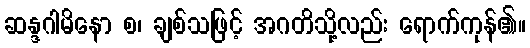
ဆန္ဒဂါမိနော စ၊ ချစ်သဖြင့် အဂတိသို့လည်း ရောက်ကုန်၏။